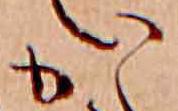
か